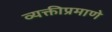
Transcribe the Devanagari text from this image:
व्यक्तीप्रमाणे